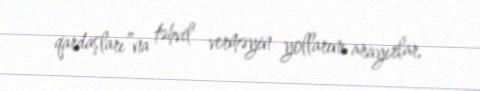
qardaşları”na təhvil verməyin yollarını arayırlar.